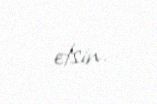
etsin.